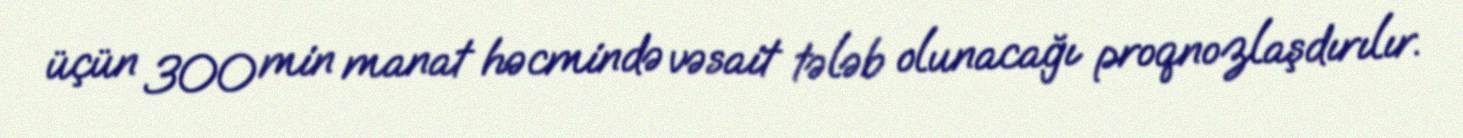
üçün 300 min manat həcmində vəsait tələb olunacağı proqnozlaşdırılır.